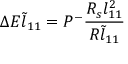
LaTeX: \Delta E \tilde { l } _ { 1 1 } = P ^ { - } \frac { R _ { s } { l } _ { 1 1 } ^ { 2 } } { R \tilde { l } _ { 1 1 } }